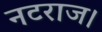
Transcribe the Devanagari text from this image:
नटराज।